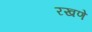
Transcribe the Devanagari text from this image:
रखणे